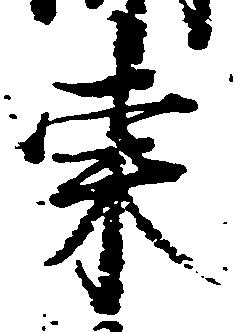
東